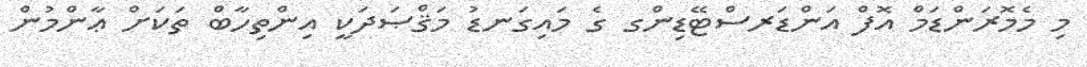
މި މެމޮރަންޑަމް އޮފް އަންޑަރސްޓޭޑިންގ ގެ މައިގަނޑު މަޤްޞަދަކީ އިންތިހާބް ތަކަށް ޢާންމުން